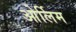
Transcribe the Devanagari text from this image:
ओर्लिम